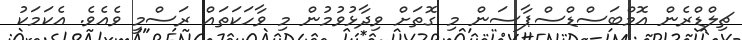
ޗިލްޑްރެން އޮމްބަސްޑްސްޕާސަން މި ގޮތަށް ވިދާޅުވުމުން މި ވާހަކަތައް ރަސްމީ ވެއެވެ. އެކަމަކު